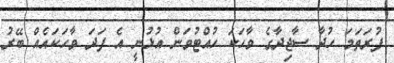
ފުރަތަމަ ހުދާ ސާޖިދާގެ ވާހަކަ ހުއްޓުވަން އުޅުނީ އެ ފަދަ ވާހަކައެއް ބޭރު